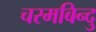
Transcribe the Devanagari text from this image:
चरमबिन्दु